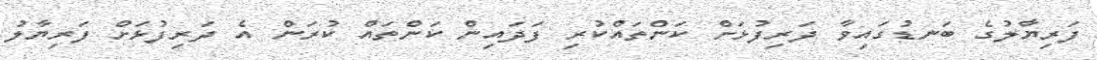
ފަރިޔާލުގެ ބަނޑުގައިވާ ދަރިފުޅަށް ކަންތައްކުރި ފަދައިން ކަންތައް ކުރަން އެ ދަރިފުޅަށް ފަރިޔާލު